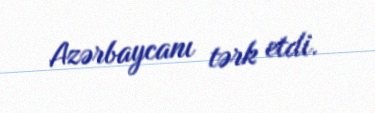
Azərbaycanı tərk etdi.